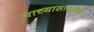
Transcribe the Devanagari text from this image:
याच्यासारख्या